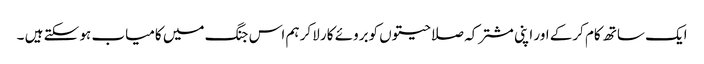
ایک ساتھ کام کرکے اور اپنی مشترکہ صلاحیتوں کوبروئے کار لاکر ہم اس جنگ میں کامیاب ہو سکتے ہیں ۔